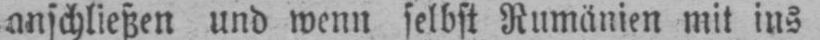
anschließen und wenn selbst Rumänien mit ins